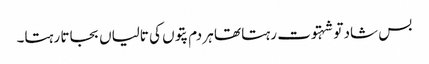
بس شاد تو شہتوت رہتا تھا ہر دم پتوں کی تالیاں بجاتا رہتا۔